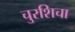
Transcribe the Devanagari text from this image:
चुरशिचा